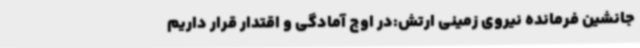
جانشین فرمانده نیروی زمینی ارتش:در اوج آمادگی و اقتدار قرار داریم